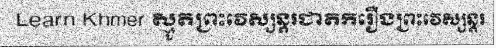
Learn Khmer ស្មូតព្រះវេស្សន្តរជាតករឿងព្រះវេស្សន្តរ